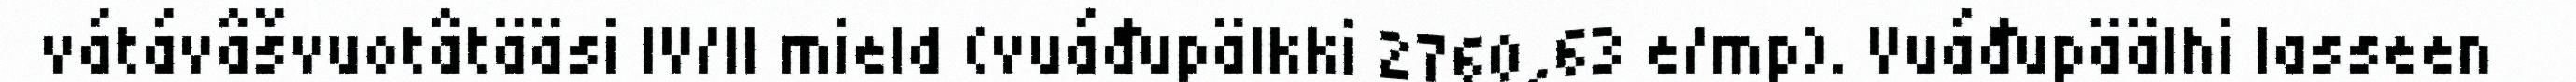
vátávâšvuotâtääsi IV/II mield (vuáđupälkki 2760,63 e/mp). Vuáđupäälhi lasseen